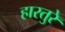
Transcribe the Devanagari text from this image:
हारतुरे